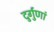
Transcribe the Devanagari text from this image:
दुर्गुणां